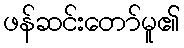
ဖန်ဆင်းတော်မူ၏